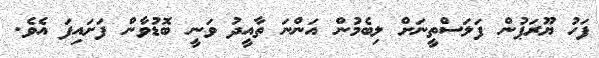
ފަހު ޔޫރަޕުން ފަލަސްތީނަށް ލިބެމުން އަންނަ ތާއީދު ވަނީ ބޮޑުވާން ފަށައިފަ އެވެ.